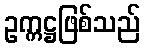
ဥက္ကဋ္ဌဖြစ်သည်